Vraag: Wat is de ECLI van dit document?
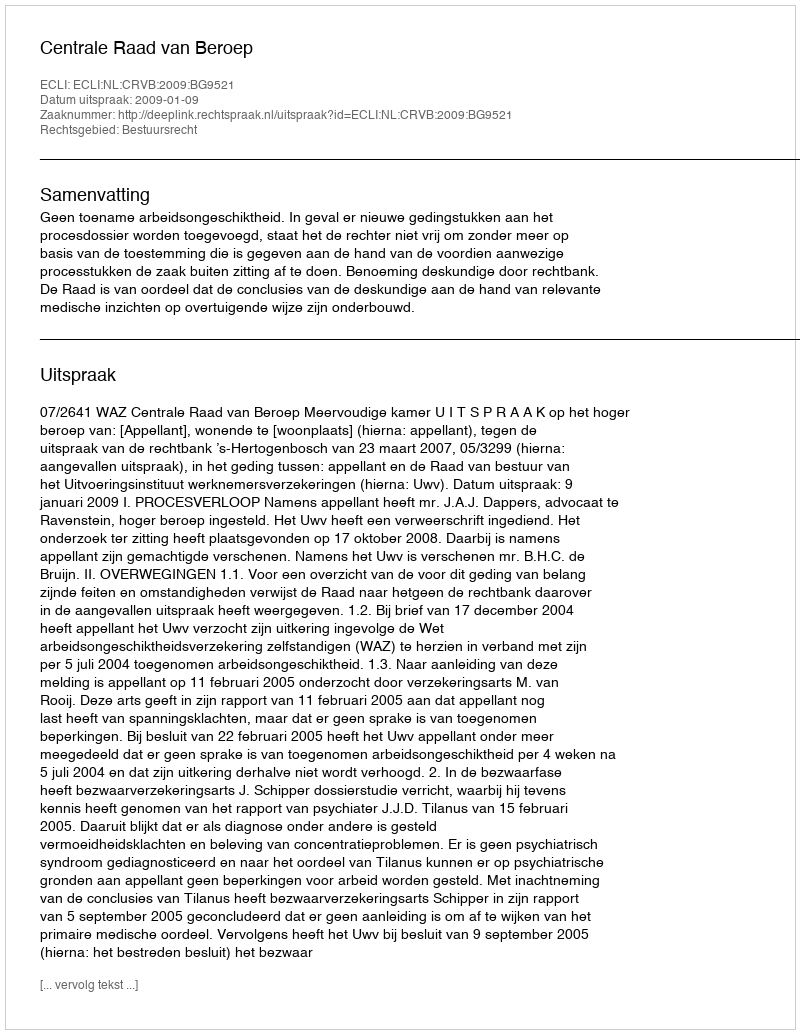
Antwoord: ECLI:NL:CRVB:2009:BG9521